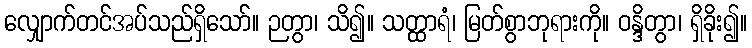
လျှောက်တင်အပ်သည်ရှိသော်။ ဉတွာ၊ သိ၍။ သတ္ထာရံ၊ မြတ်စွာဘုရားကို။ ဝန္ဒိတွာ၊ ရှိခိုး၍။